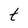
Character: t